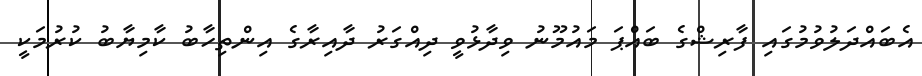
އެބައްދަލުވުމުގައި ފާރިޝްގެ ބައްޕަ މައުމޫނު ވިދާޅުވީ ދިއްގަރު ދާއިރާގެ އިންތިހާބު ކާމިޔާބު ކުރުމަކީ